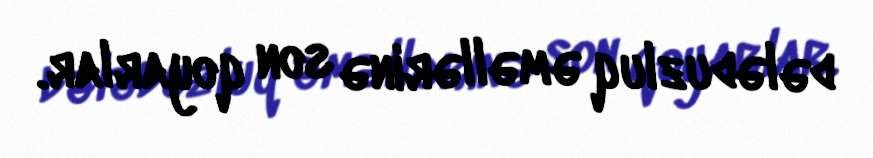
dələduzluq əməllərinə son qoyarlar.